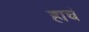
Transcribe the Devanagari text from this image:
हाचं